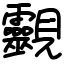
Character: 䚖